Scientific memoirs by medical officers of the Army of India - Part XII,
Year: 1901
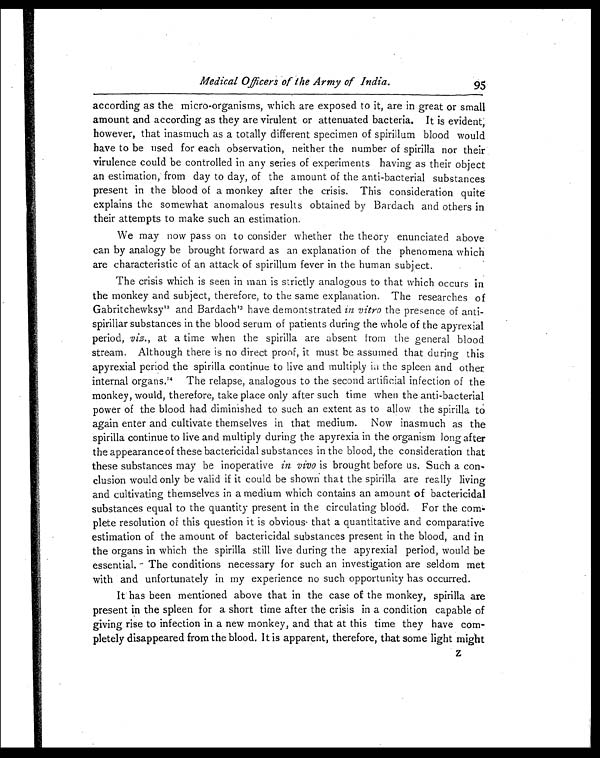
Medical Officers of the Army of India.
95
according as the micro-organisms, which are exposed to it, are in great or small
amount and according as they are virulent or attenuated bacteria. It is evident,
however, that inasmuch as a totally different specimen of spirillum blood would
have to be used for each observation, neither the number of spirilla nor their
virulence could be controlled in any series of experiments having as their object
an estimation, from day to day, of the amount of the anti-bacterial substances
present in the blood of a monkey after the crisis. This consideration quite
explains the somewhat anomalous results obtained by Bardach and others in
their attempts to make such an estimation.
We may now pass on to consider whether the theory enunciated above
can by analogy be brought forward as an explanation of the phenomena which
are characteristic of an attack of spirillum fever in the human subject.
The crisis which is seen in man is strictly analogous to that which occurs in
the monkey and subject, therefore, to the same explanation. The researches of
Gabritchewksy12 and Bardach 13 have demontstrated in vitro the presence of anti-
spirillar substances in the blood serum of patients during the whole of the apyrexial
period, viz., at a time when the spirilla are absent from the general blood
stream. Although there is no direct proof, it must be assumed that during this
apyrexial period the spirilla continue to live and multiply in the spleen and other
internal organs.' 4 The relapse, analogous to the second artificial infection of the
monkey, would, therefore, take place only after such time when the anti-bacterial
power of the blood had diminished to such an extent as to allow the spirilla to
again enter and cultivate themselves in that medium. Now inasmuch as the
spirilla continue to live and multiply during the apyrexia in the organism long after
the appearance of these bactericidal substances in the blood, the consideration that
these substances may be inoperative in vivo is brought before us. Such a con-
clusion would only be valid if it could be shown that the spirilla are really living
and cultivating themselves in a medium which contains an amount of bactericidal
substances equal to the quantity present in the circulating blood. For the co
m p l e t e r e s o l u t i o n o f t h i s q u e s t i o n i t i s o b v i o u s t h a t a q u a n t i t a t i v e a n d c o m p a r a t i v e
estimation of the amount of bactericidal substances present in the blood, and in
the organs in which the spirilla still live during the apyrexial period, would be
essential. The conditions necessary for such an investigation are seldom met
with and unfortunately in my experience no such opportunity has occurred.
It has been mentioned above that in the case of the monkey, spirilla are
present in the spleen for a short time after the crisis in a condition capable of
giving rise to infection in a new monkey, and that at this time they have com-
pletely disappeared from the blood. It is apparent, therefore, that some light might Z